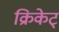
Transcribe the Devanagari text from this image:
क्रिकेट्